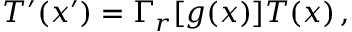
T ^ { \prime } ( x ^ { \prime } ) = \Gamma _ { r } [ g ( x ) ] T ( x ) \, ,